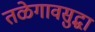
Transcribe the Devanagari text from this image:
तळेगावसुद्धा